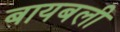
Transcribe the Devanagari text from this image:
बायबली